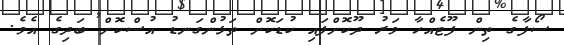
ސޯފާގެ ތިން ފޫޓެއްހާ ވަރު ދޫކޮށްފައި ކުޑަކޮށް ތަޅުންގަނޑު އުސްކޮށް ބަދިގެ އެވެ.